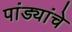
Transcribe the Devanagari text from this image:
पांड्यांचे